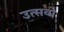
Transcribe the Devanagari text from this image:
उत्सवो